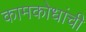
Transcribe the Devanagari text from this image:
कामकोधांची